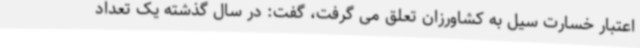
اعتبار خسارت سیل به کشاورزان تعلق می گرفت، گفت: در سال گذشته یک تعداد